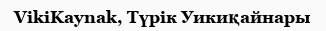
VikiKaynak, Түрік Уикиқайнары